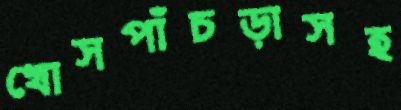
খোসপাঁচড়াসহ